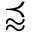
\precapprox